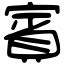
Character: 賓